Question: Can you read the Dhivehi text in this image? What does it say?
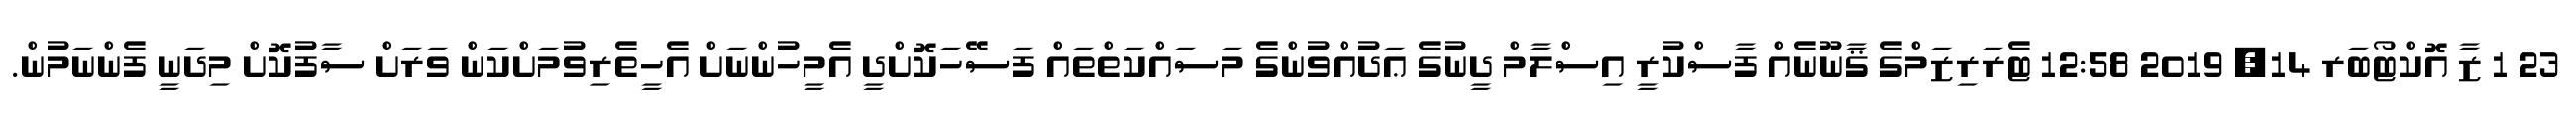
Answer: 23 1 ޒާ އޮކްޓޯބަރ 14, 2019 12:58 ޓެރަރިޒަމްގެ ޤާނޫނެއް ފާސްކުރީ އިސްލާމް ދީނުގެ ޢަދުއްވުންގެ މަސައްކަތްތައް ފަސޭހަކޮށްދީ އެމީހުންނަށް އެހީތެރިވުމަށްކަން ވަރަށް ސާފުކޮށް މިދަނީ ފެންނަމުން.